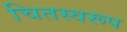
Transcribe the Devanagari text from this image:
चितस्वरूप